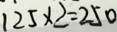
1 2 5 \times 2 = 2 5 0